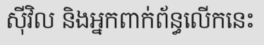
ស៊ីវិល និងអ្នកពាក់ព័ន្ធលើកនេះ